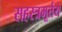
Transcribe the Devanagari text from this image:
सहस्त्रमूर्तये